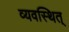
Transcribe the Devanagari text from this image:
व्यवस्थित्